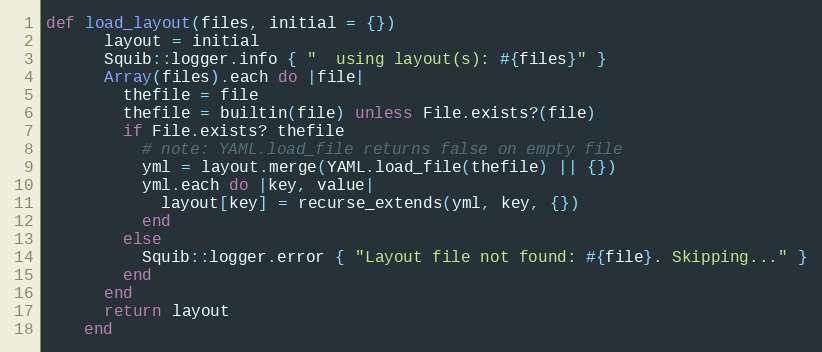
Language: Ruby
def load_layout(files, initial = {})
      layout = initial
      Squib::logger.info { "  using layout(s): #{files}" }
      Array(files).each do |file|
        thefile = file
        thefile = builtin(file) unless File.exists?(file)
        if File.exists? thefile
          # note: YAML.load_file returns false on empty file
          yml = layout.merge(YAML.load_file(thefile) || {})
          yml.each do |key, value|
            layout[key] = recurse_extends(yml, key, {})
          end
        else
          Squib::logger.error { "Layout file not found: #{file}. Skipping..." }
        end
      end
      return layout
    end